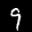
Label: 9